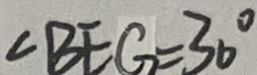
\angle B E G = 3 0 ^ { \circ }